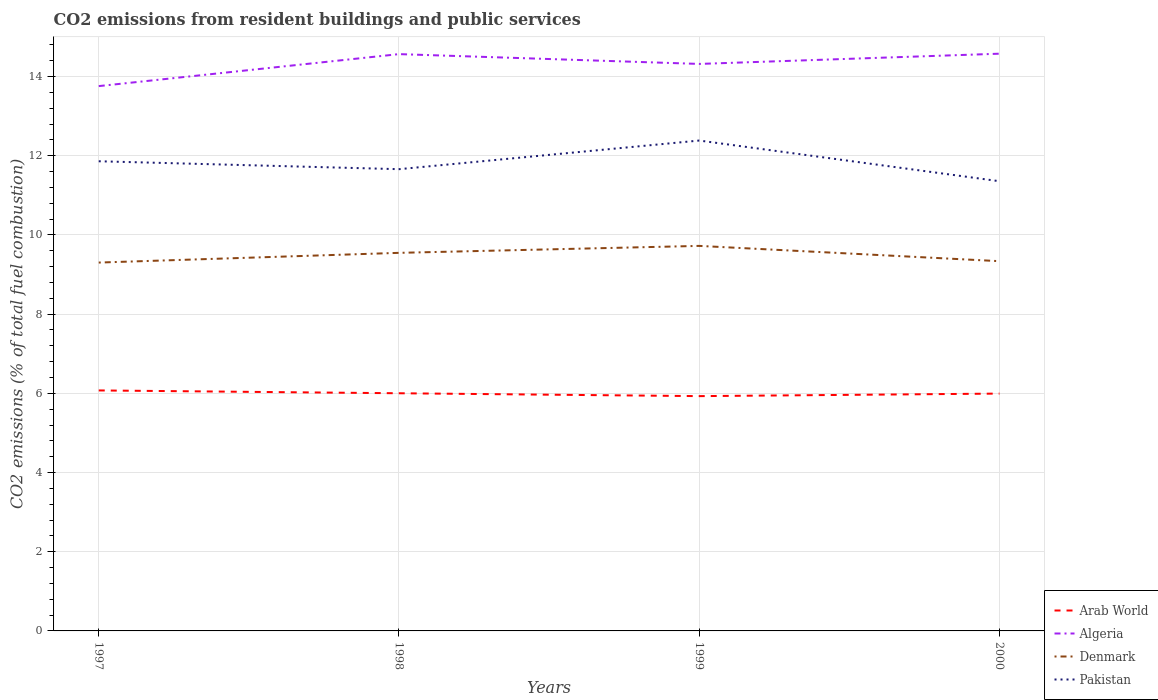
| Years | Arab World | Algeria | Denmark | Pakistan |
 | --- | --- | --- | --- | --- |
 | 1997 | 6.07 | 13.8 | 9.3 | 11.9 |
 | 1998 | 6 | 14.6 | 9.55 | 11.7 |
 | 1999 | 5.93 | 14.3 | 9.72 | 12.4 |
 | 2000 | 5.99 | 14.6 | 9.34 | 11.4 |